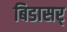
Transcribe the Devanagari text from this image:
बिडासर्